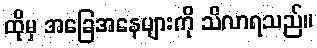
ထိုမှ အခြေအနေများကို သိလာရသည်။